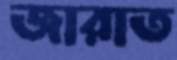
জারাত